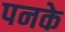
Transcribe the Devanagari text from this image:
पनके